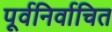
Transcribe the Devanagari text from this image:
पूर्वनिर्वाचित